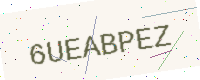
Text: 6UEABPEZ